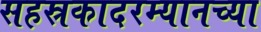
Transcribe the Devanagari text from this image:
सहस्रकादरम्यानच्या